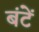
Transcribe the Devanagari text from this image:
बंटें